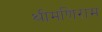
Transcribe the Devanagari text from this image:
श्रीमणिराम